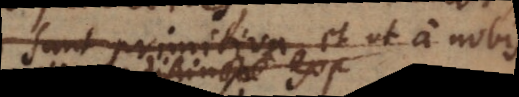
sunt primitiva, et ut a nobis